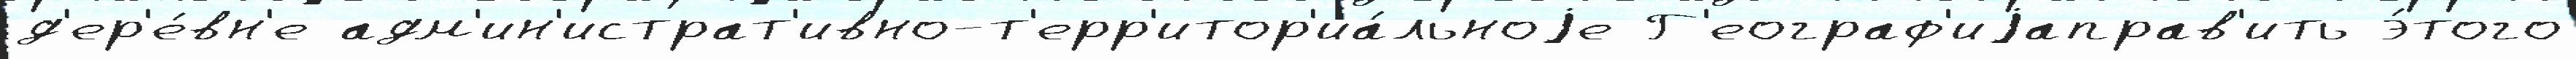
д'ер'е́вн'е адм'ин'истрат'ивно-т'ерр'итор'иа́льноjе Г'еограф'иjаправ'ить э́того